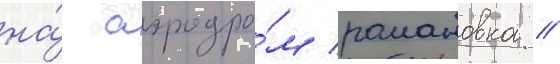
на́ аэродро́м романовка //